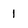
Character: 1